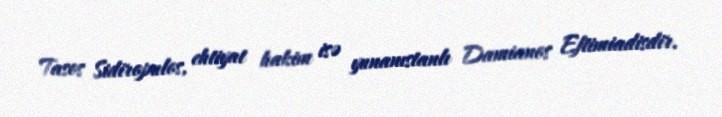
Tasos Sidiropulos, ehtiyat hakim isə yunanıstanlı Damianos Eftimiadisdir.